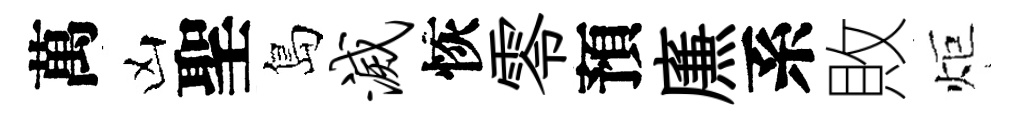
萬凶聖島灭恢零預㢘系敗炬